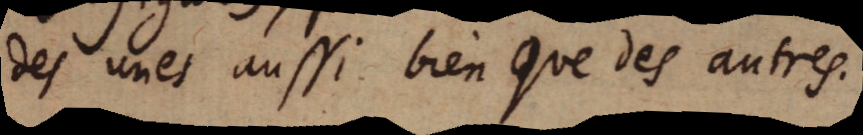
des unes aussi bien que des autres